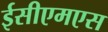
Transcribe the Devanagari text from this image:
ईसीएमएस